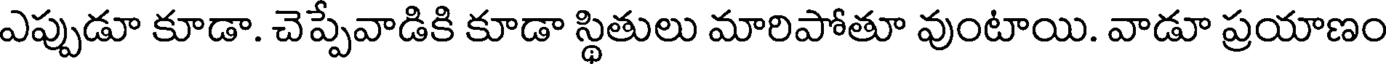
ఎప్పుడూ కూడా. చెప్పేవాడికి కూడా స్థితులు మారిపోతూ వుంటాయి. వాడూ ప్రయాణం